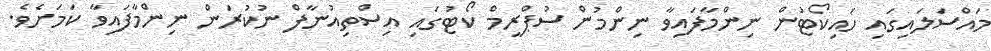
މައްސަލައިގައި ހައިކޯޓުން ނިންމާފައިވާ ނިންމުން ސުޕްރީމް ކޯޓުގައި އިސްތިއުނާފް ނުކުރަން ނިންމާފައިވާ ކަމަށެވެ.